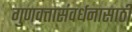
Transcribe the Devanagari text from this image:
गुणवत्तासंवर्धनासाठी